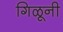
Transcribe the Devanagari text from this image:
गिळूनी